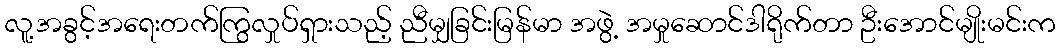
လူ့အခွင့်အရေးတက်ကြွလှုပ်ရှားသည့် ညီမျှခြင်းမြန်မာ အဖွဲ့ အမှုဆောင်ဒါရိုက်တာ ဦးအောင်မျိုးမင်းက